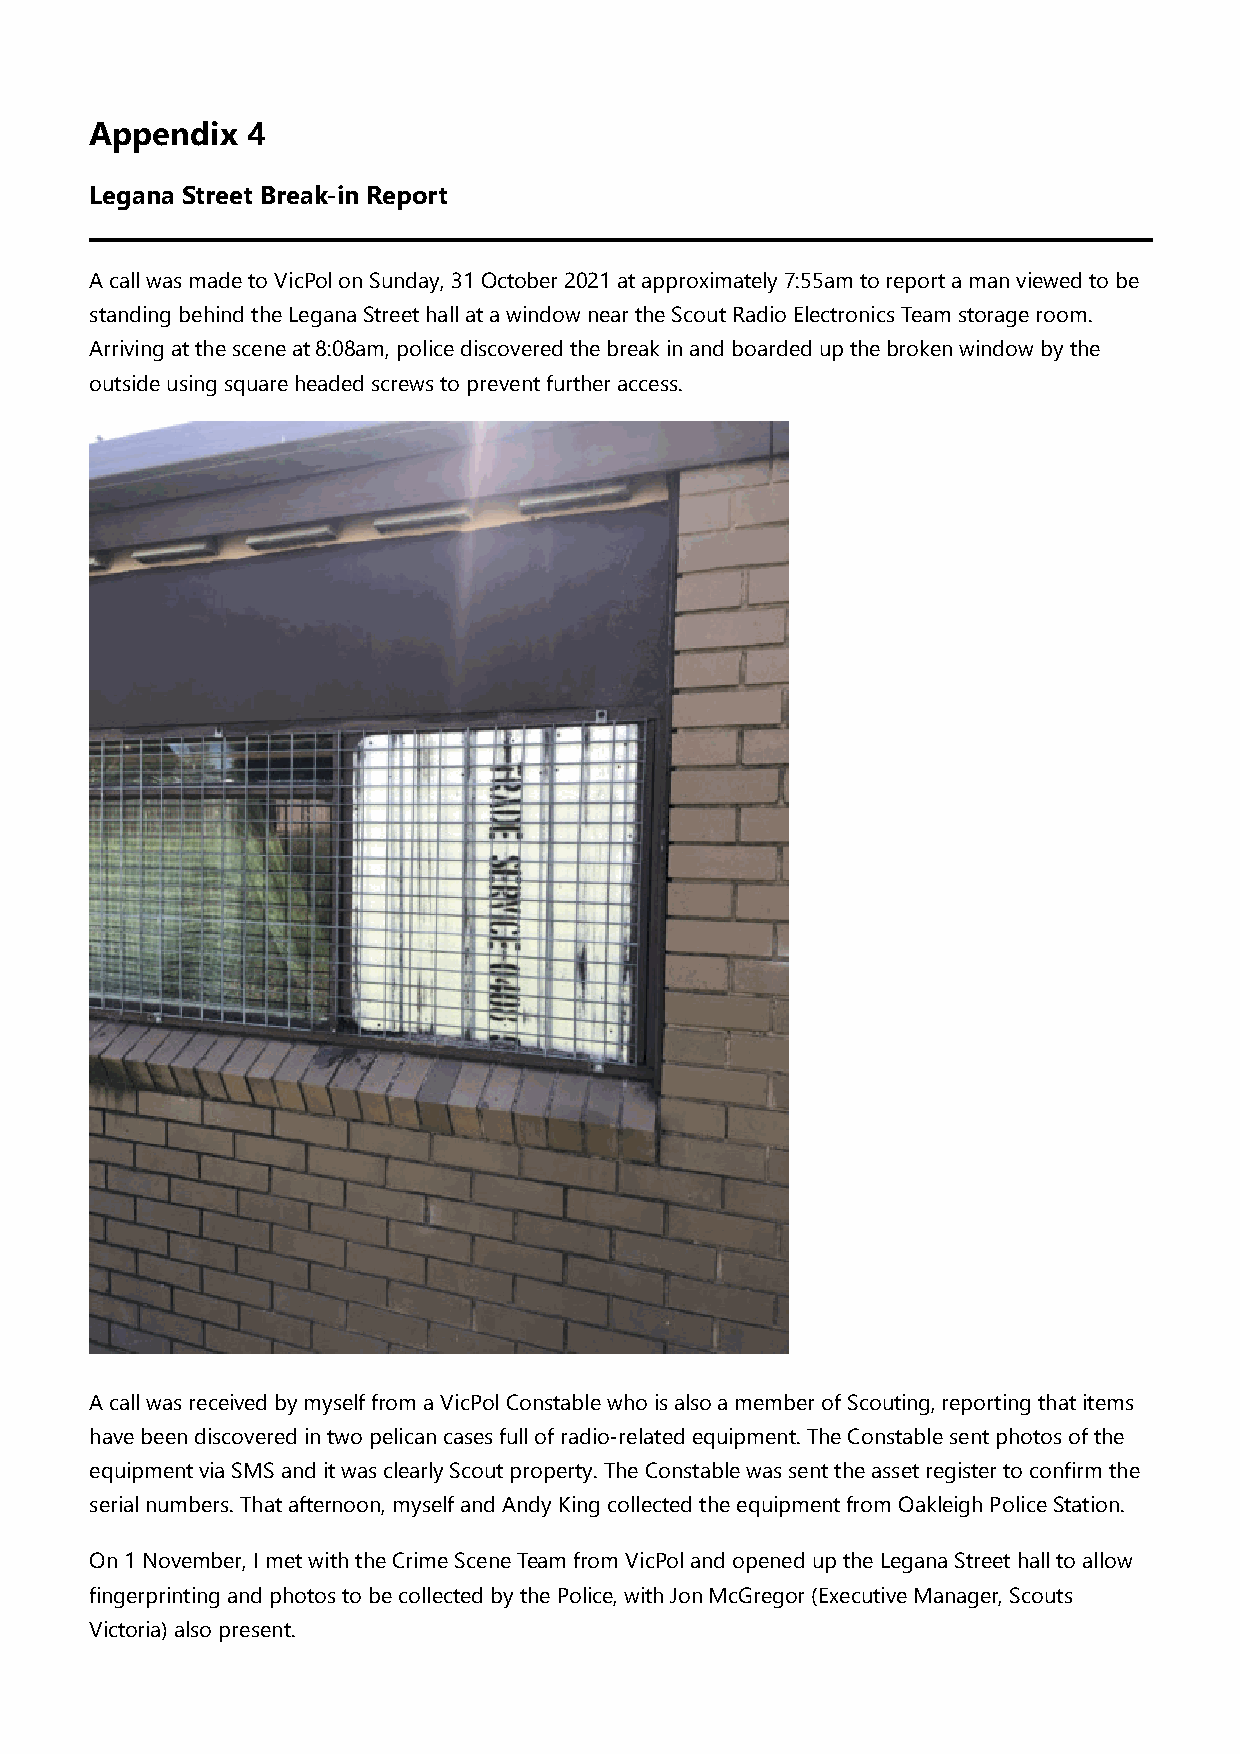
Appendix  4
 Legana Street Break-in Report
 A call was made to VicPol on Sunday, 31 October 2021 at approximately 7:55am to report a man viewed to be
 standing behind the Legana Street hall at a window near the Scout Radio Electronics Team storage room.
 Arriving at the scene at 8:08am, police discovered the break in and boarded up the broken window by the
 outside using square headed screws to prevent further access.
 A call was received by myself from a VicPol Constable who is also a member of Scouting, reporting that items
 have been discovered in two pelican cases full of radio-related equipment. The Constable sent photos of the
 equipment via SMS and it was clearly Scout property. The Constable was sent the asset register to confirm the
 serial numbers. That afternoon, myself and Andy King collected the equipment from Oakleigh Police Station.
 On 1 November, I met with the Crime Scene Team from VicPol and opened up the Legana Street hall to allow
 fingerprinting and photos to be collected by the Police, with Jon McGregor (Executive Manager, Scouts
 Victoria) also present.